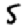
Digit: 5